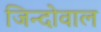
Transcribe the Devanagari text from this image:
जिन्दोवाल